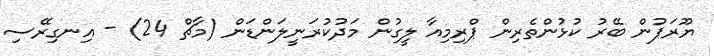
ޔޫރަޕުން ބޭރު ކުޅުންތެރިން ޕްރިމިއާ ލީގުން މަދުކުރަނީލަންޑަން (މާޗް 24) - އިނގިރޭސި